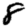
Digit: 8